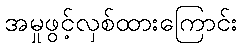
အမှုဖွင့်လှစ်ထားကြောင်း